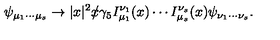
\psi _ { \mu _ { 1 } \cdots \mu _ { s } } \rightarrow | x | ^ { 2 } x \! \! \! \slash \gamma _ { 5 } I _ { \mu _ { 1 } } ^ { \nu _ { 1 } } ( x ) \cdots I _ { \mu _ { s } } ^ { \nu _ { s } } ( x ) \psi _ { \nu _ { 1 } \cdots \nu _ { s } } .